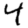
Digit: 4